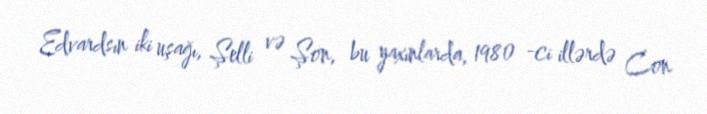
Edvardsın iki uşağı, Şelli və Şon, bu yaxınlarda, 1980 -ci illərdə Con